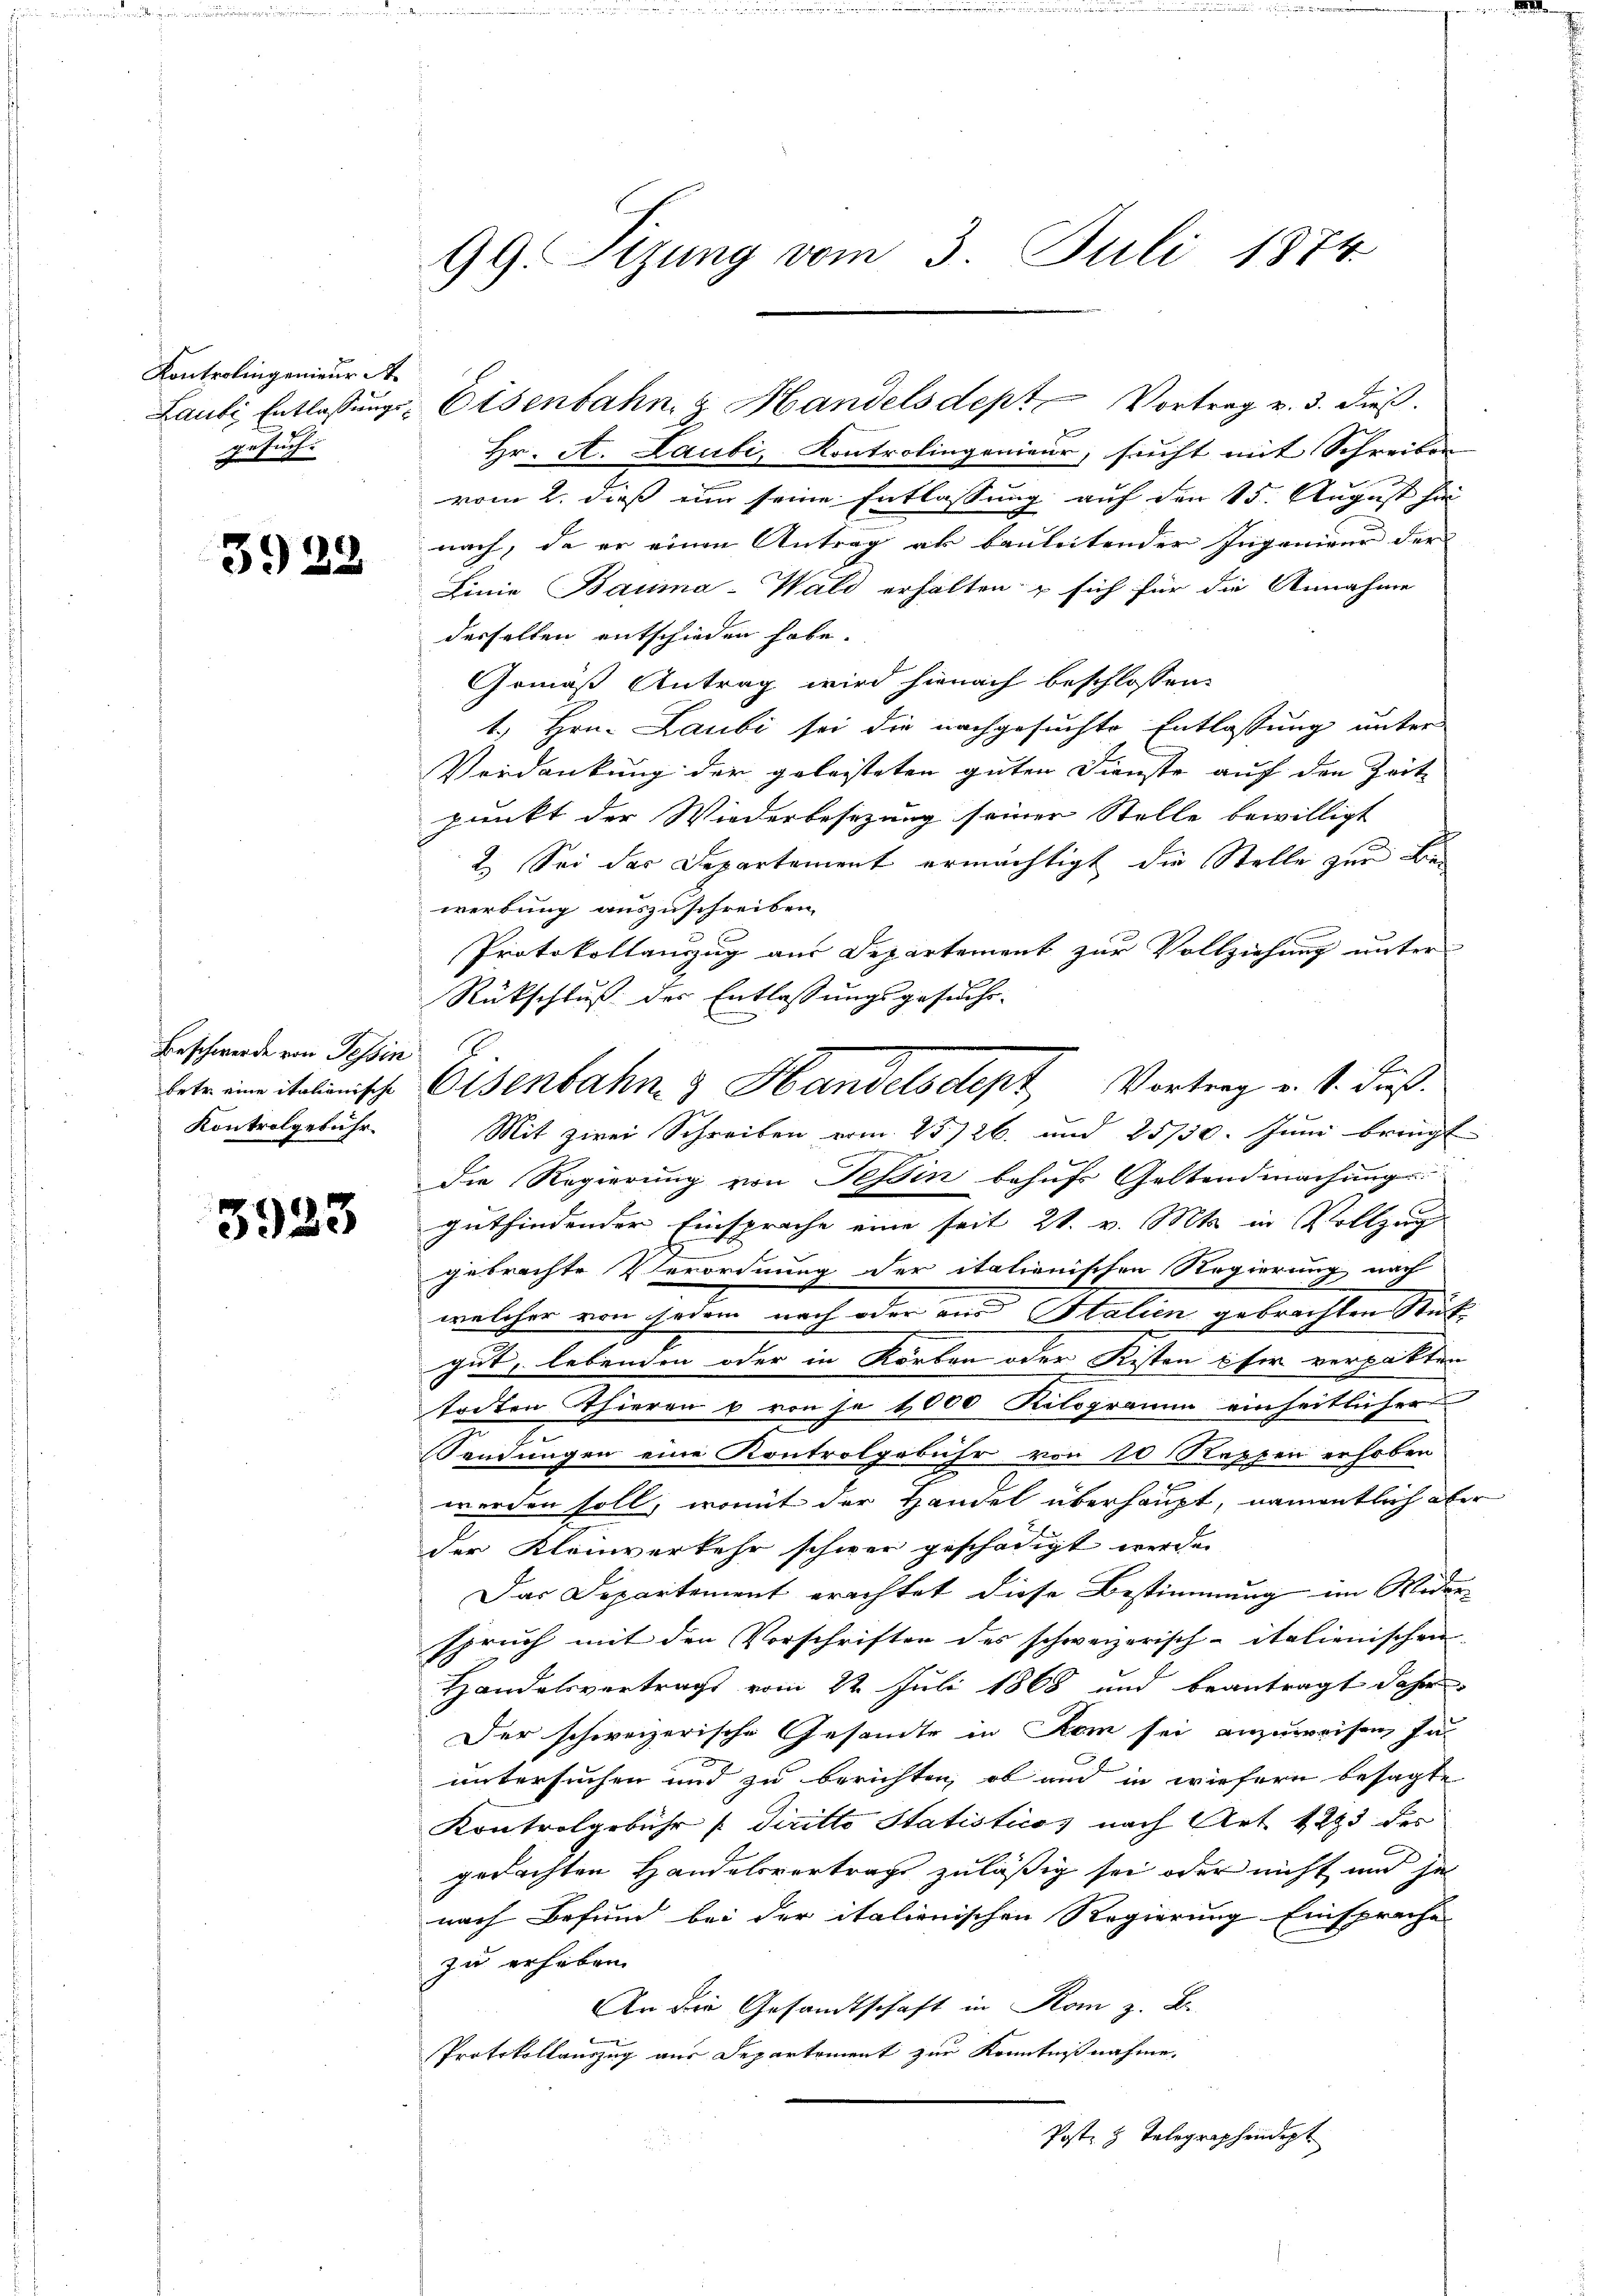
Kontrolingenieur St.
Lauti Entlassungsgesuch.

3922

Beschwerde von Tessin
betr. eine italienische
Kontrolgebühr.

3923

99. Sizung vom 3. Juli 1874

Hr. A. Laubi, Kontrolingenieur, sucht mit Schreiben
vom 2. dieß eine seine Entlassung auf den 15. August hie
nach, da er einen Antrag ab bauleitender Ingenieur der
Linie Bauma-Wald erhalten u sich für die Annahme
desselben entschieden habe.
Gemäß Antrag wird hienach beschlossen:
1. Hrn. Laubi sei die nachgesuchte Entlassung unter
Verdankung der geleisteten guten Dienste auf den Zeit
punkt der Wiederbesizung seiner Stelle bewilligt
2. Sei der Departement ermächtigt die Stelle zur Bewerbung auszuschreiben.
Protokollauszug aus Departement zur Vollziehung unter
Rückschluß des Entlassungsgesuchs-
E
Mit zwei Schreiben erm. 25726. und 25/30. Juni bringt
die Regierung von Tessin behufs Geltendmachung
gutfindender Einsprache eine seit 21. v. Mts. in Vollzug
gebrachte Verordnung der italienischen Regierung nach
welcher von jedem nach oder aus Italien gebrachten Stüt¬
.
gut, lebenden oder in Körben oder Kisten eher verpakten
tochten Thieren u von je 1000 Kilogramm einheitlicher
Sendungen eine Kontrolgebühr von 10 Rappen erhoben
d
werden soll, womit der Handel überhaupt, namentlich aber
der Kleinverkehr schwer geschädigt werde.
Das Departement erachtet diese Bestimmung im Widerspruch mit den Vorschriften des schweizerisch-italienischen
Handelsvertrags vom 22. Juli 1868 und beantragt daher
Der schweizerische Gesandte in Rom sei anzuweisen, zu
untersuchen und zu berichten, ob und in wiefern besagte
Kontrolgebühr /: diritto Statisticos nach Art. 1223 des
gedachten Handelsvertrags zuläßig sei oder nicht und hat
nach Befund bei der italienischen Regierung Einsprache
zu erheben.
An die Gesandtschaft in Rom z. B.
b
Protokollauszug aus Departement zur Kenntnißnahme.
Post z. Telegraphendept

Eisenbahn z. Handels dept Vortrag v. 3. dies

Eisenbahn 3 Handelsdept Vortrag v. 4. Fuß.